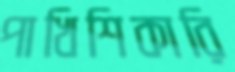
পাখিশিকারি